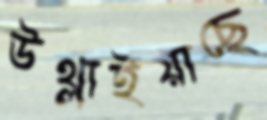
উথ্‌লাইয়াছে